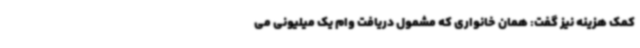
کمک هزینه نیز گفت: همان خانواری که مشمول دریافت وام یک میلیونی می